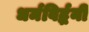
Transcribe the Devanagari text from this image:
धर्मविर्द्धनी